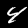
Label: 4